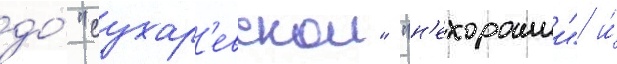
до́ "сухар'евскои" "н'ехорошии" и́